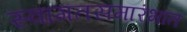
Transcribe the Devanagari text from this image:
स्वागतसमारंभात